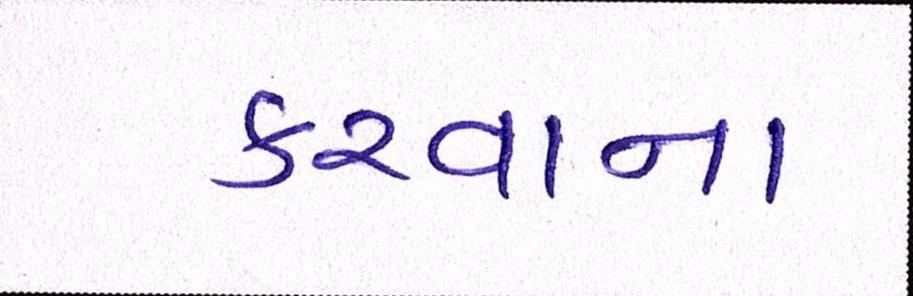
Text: કરવાના